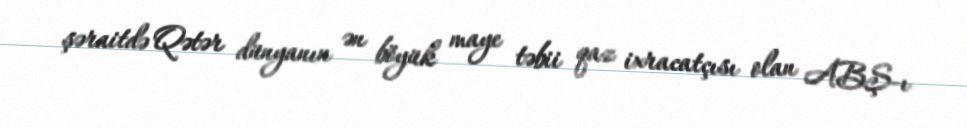
şəraitdə Qətər dünyanın ən böyük maye təbii qaz ixracatçısı olan ABŞ-ı